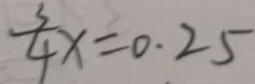
\frac { 3 } { 4 } x = 0 . 2 5